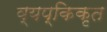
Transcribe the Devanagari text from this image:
व्यप्किकृत